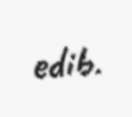
edib.